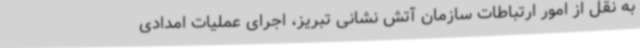
به نقل از امور ارتباطات سازمان آتش نشانی تبریز، اجرای عملیات امدادی